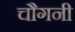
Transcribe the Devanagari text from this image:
चौगनी